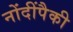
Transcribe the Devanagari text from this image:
नोंदींपैकी